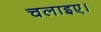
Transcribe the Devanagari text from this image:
चलाइए।